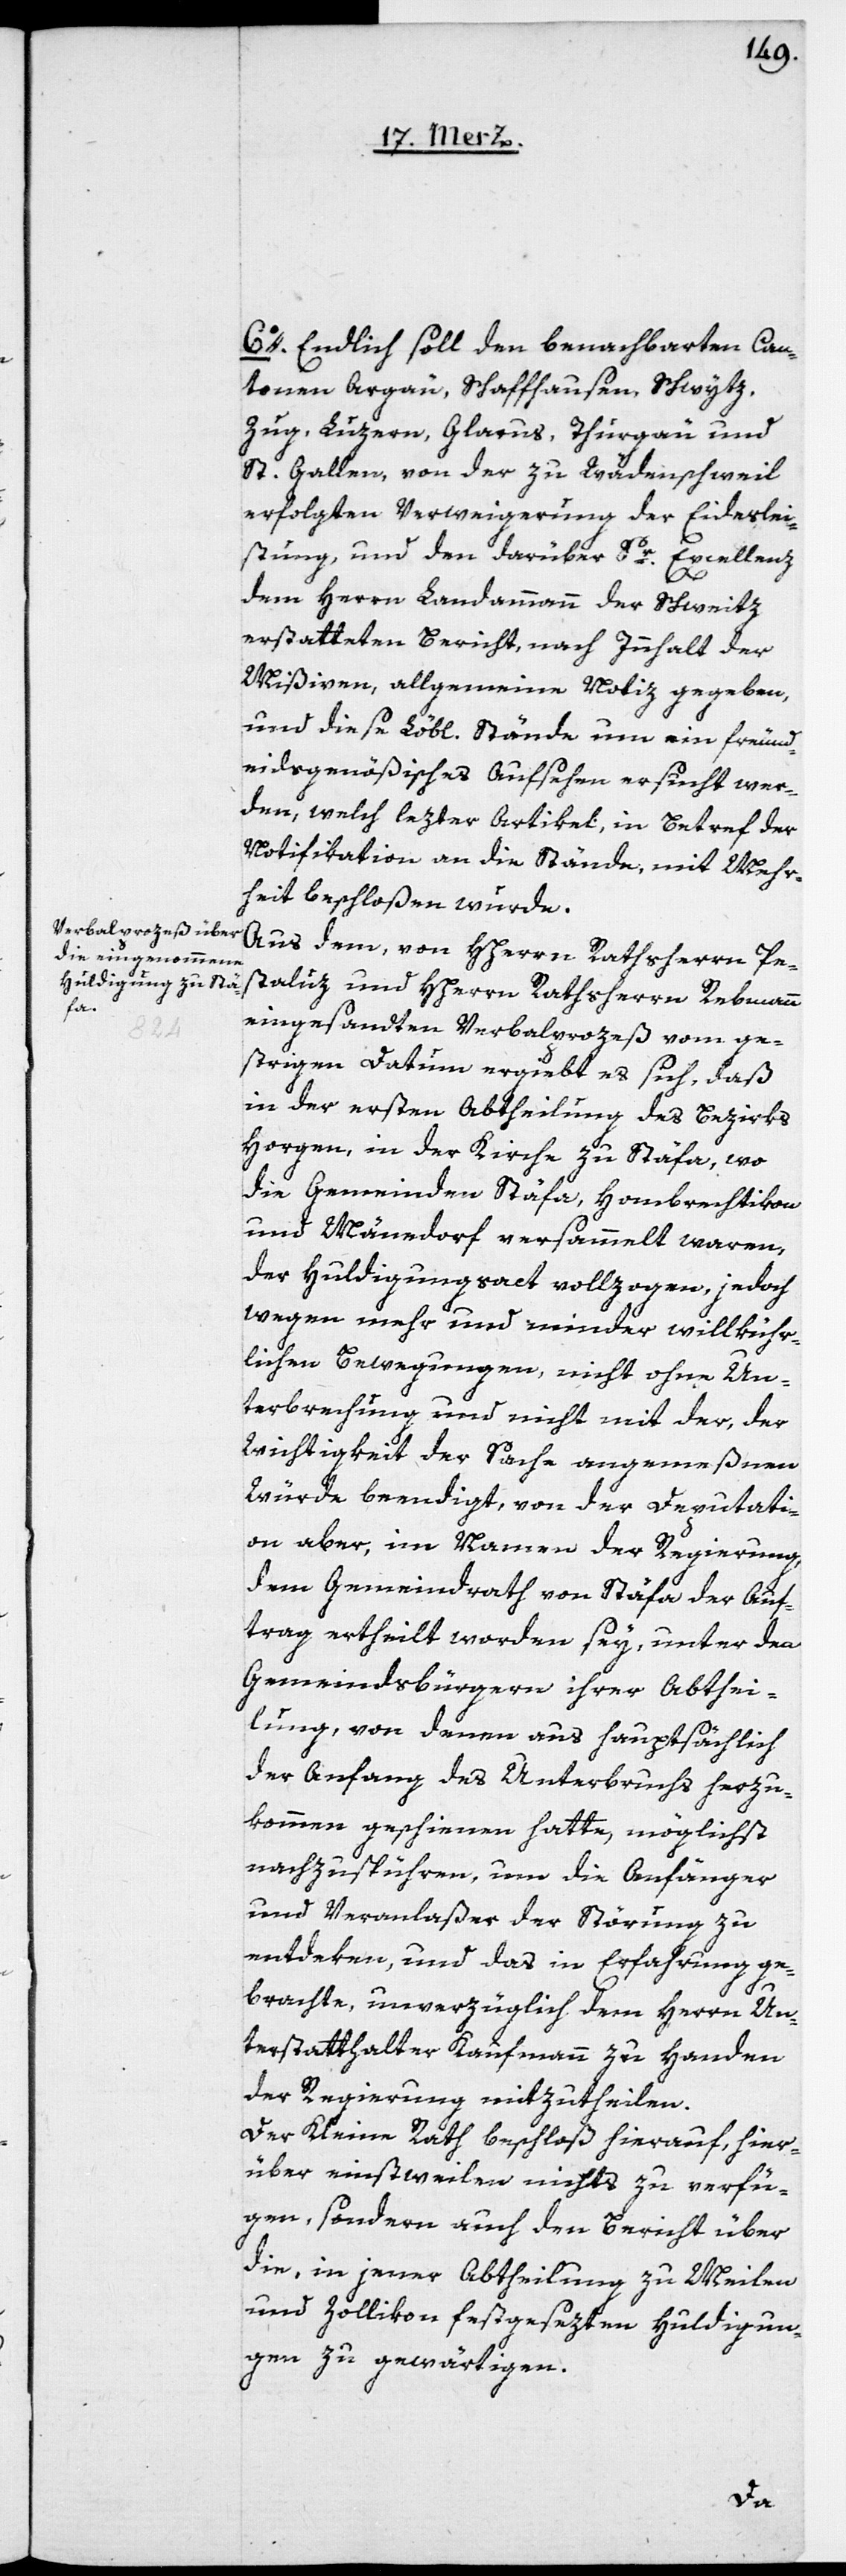
6o. Endlich soll den benachbarten Can¬
tonen Argau, Schaffhausen, Schwytz,
Zug, Luzern, Glarus, Thurgau und
St. Gallen von der zu Wädenschweil
erfolgten Verweigerung der Eideslei¬
stung, und den darüber Sr. Excellenz
dem Herrn Landammann der Schweitz
erstatteten Bericht nach Innhalt der
Mißiven, allgemeine Notiz gegeben,
und diese Löbl. Stände um ein freund¬
eidsgenößisches Aufsehen ersucht wer¬
den, welch lezter Artikel, in Betref der
Notifikation an die Stände, mit Mehr¬
heit beschloßen wurde.
Aus dem, von HHerrn Rathsherrn Pe¬
staluz und HHerrn Rathsherrn Rebmann
eingesandten Verbalprozeß vom ge¬
strigen Datum ergiebt es sich, daß
in der ersten Abtheilung des Bezirks
Horgen, in der Kirche zu Stäfa, wo
die Gemeinden Stäfa, Hombrechtikon
und Männedorf versammelt waren,
der Huldigungsact vollzogen, jedoch
wegen mehr und minder willkühr¬
lichen Bewegungen, nicht ohne Un¬
terbrechung und nicht mit der, der
Wichtigkeit der Sache angemeßenen
Würde beendigt, von der Deputati¬
on aber, im Namen der Regierung,
dem Gemeindrath von Stäfa der Auf¬
trag ertheilt worden sey, unter den
Gemeindbürgern ihrer Abthei¬
lung, von denen aus hauptsächlich
der Anfang des Unterbruchs herzu¬
kommen geschienen hatte, möglichst
nachzuspüren, um die Anfänger
und Veranlaßer der Störung zu
entdeken, und das in Erfahrung ge¬
brachte unverzüglich dem Herrn Un¬
terstatthalter Kaufmann zu Handen
der Regierung mitzutheilen.
Der Kleine Rath beschloß hierauf, hier¬
über einstweilen nichts zu verfü¬
gen, sondern auch den Bericht über
die, in jener Abtheilung zu Meilen
und Zollikon festgesezten Huldigun¬
gen zu gewärtigen.